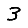
Digit: 3